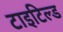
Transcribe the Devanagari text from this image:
टाइटिल्ड